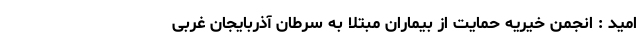
اميد : انجمن خیریه حمایت از بیماران مبتلا به سرطان آذربایجان غربی